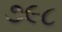
૭૯૮